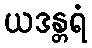
ယဒန္တရံ